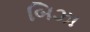
બિઝા